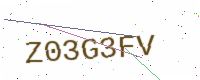
Text: Z03G3FV